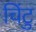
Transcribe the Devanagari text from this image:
चिंटु